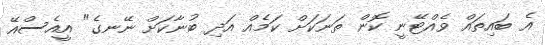
އެ ބައިތައް ވެއްޓޭނީ ކޮން ތަނަކަށް ކަމެއް އަދި ބުނާކަށް ނޭނގެ" އީއެސްއޭ